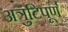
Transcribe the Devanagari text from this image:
अत्रुटिपूर्ण